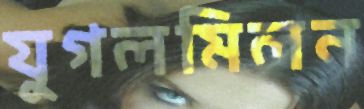
যুগলমিলন